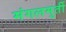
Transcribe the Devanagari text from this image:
मंगलमुर्ती